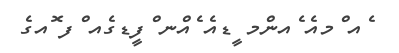
ެއ ްމއެ ެއންމ ީޑއެ ެއްނ ްފީޑގެެއ ްފ ޮއގެ